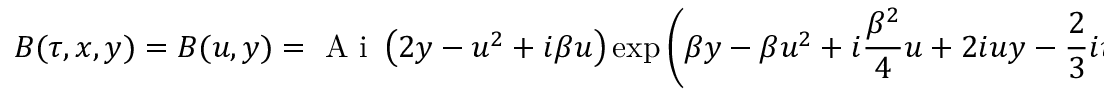
B ( \tau , x , y ) = B ( u , y ) = \mathrm { ~ A ~ i ~ } \left( 2 y - u ^ { 2 } + i \beta u \right) \exp \left( \beta y - \beta u ^ { 2 } + i \frac { \beta ^ { 2 } } { 4 } u + 2 i u y - \frac { 2 } { 3 } i u ^ { 3 } \right) \, ,